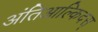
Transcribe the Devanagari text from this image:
अंतिआल्किदस्